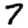
Digit: 7